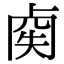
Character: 𠧿